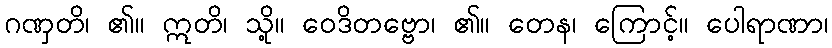
ဂဏှတိ၊ ၏။ ဣတိ၊ သို့။ ဝေဒိတဗ္ဗော၊ ၏။ တေန၊ ကြောင့်။ ပေါရာဏာ၊